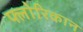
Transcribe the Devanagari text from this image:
फ्लोरिकान